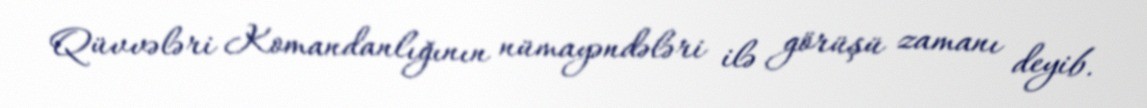
Qüvvələri Komandanlığının nümayəndələri ilə görüşü zamanı deyib.